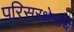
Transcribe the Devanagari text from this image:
परिसरक्षेत्रांचे